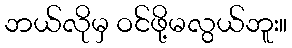
ဘယ်လိုမှ ဝင်ဖို့မလွယ်ဘူး။